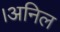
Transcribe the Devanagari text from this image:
।अनिल